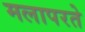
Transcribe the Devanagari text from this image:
मलापरते